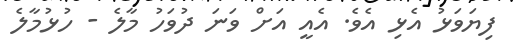
ފިޔަވަޅު އެޅި އެވެ. އެއީ އަށް ވަނަ ދުވަހު މާލެ - ހުޅުމާލެ